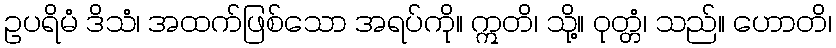
ဥပရိမံ ဒိသံ၊ အထက်ဖြစ်သော အရပ်ကို။ ဣတိ၊ သို့။ ဝုတ္တံ၊ သည်။ ဟောတိ၊